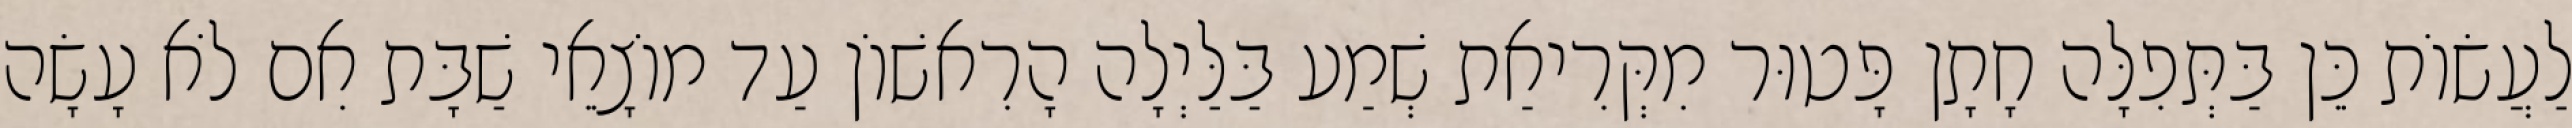
לַעֲשׂוֹת כֵּן בַּתְּפִלָּה חָתָן פָּטוּר מִקְּרִיאַת שְׁמַע בַּלַּיְלָה הָרִאשׁוֹן עַד מוֹצָאֵי שַׁבָּת אִם לֹא עָשָׂה